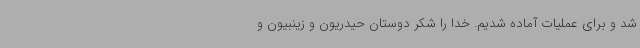
شد و برای عملیات آماده شدیم. خدا را شکر دوستان حیدریون و زینبیون و